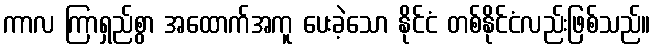
ကာလ ကြာရှည်စွာ အထောက်အကူ ပေးခဲ့သော နိုင်ငံ တစ်နိုင်ငံလည်းဖြစ်သည်။